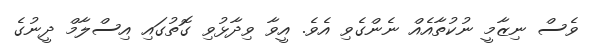
ވެސް ނިޒާމީ ނުކުތާއެއް ނެންގެވި އެވެ. އީވާ ވިދާޅުވި ގޮތުގައި އިސްލާމް ދީނުގެ